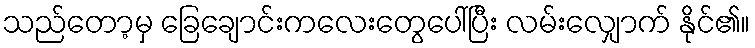
သည်တော့မှ ခြေချောင်းကလေးတွေပေါ်ပြီး လမ်းလျှောက် နိုင်၏။